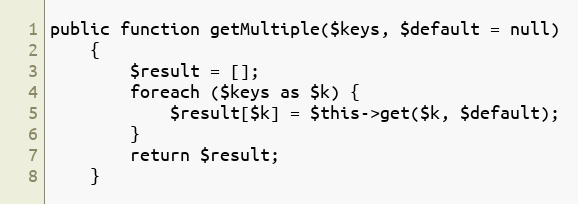
Language: PHP
public function getMultiple($keys, $default = null)
    {
        $result = [];
        foreach ($keys as $k) {
            $result[$k] = $this->get($k, $default);
        }
        return $result;
    }